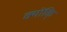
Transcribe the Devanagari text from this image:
क्योंकि्